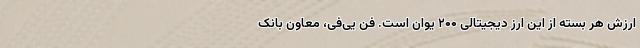
ارزش هر بسته از این ارز دیجیتالی ۲۰۰ یوان است. فن یی‌فی، معاون بانک